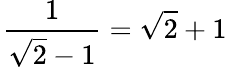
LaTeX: \! \ {\frac{1}{{\sqrt{2}}-1}}={\sqrt{2}}+1